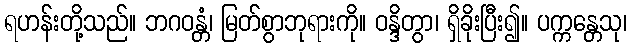
ရဟန်းတို့သည်။ ဘဂဝန္တံ၊ မြတ်စွာဘုရားကို။ ဝန္ဒိတွာ၊ ရှိခိုးပြီး၍။ ပက္ကန္တေသု၊